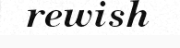
rewish